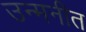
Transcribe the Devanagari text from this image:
उन्मनीत